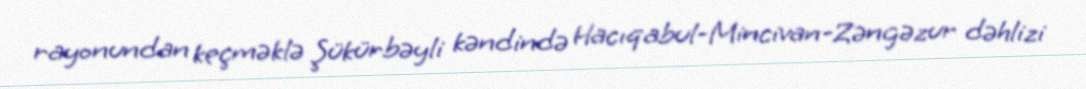
rayonundan keçməklə Şükürbəyli kəndində Hacıqabul-Mincivan-Zəngəzur dəhlizi